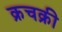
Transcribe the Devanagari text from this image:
क्रचक्री